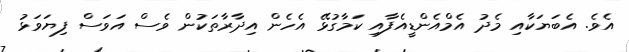
އެވެ. އެބަޔަކާއި މެދު އެމްއެންޑީއެފާއި ކަމާގުޅޭ އެހެން އިދާރާތަކުން ވެސް އަވަސް ފިޔަވަޅު